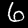
Label: 6